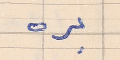
بره